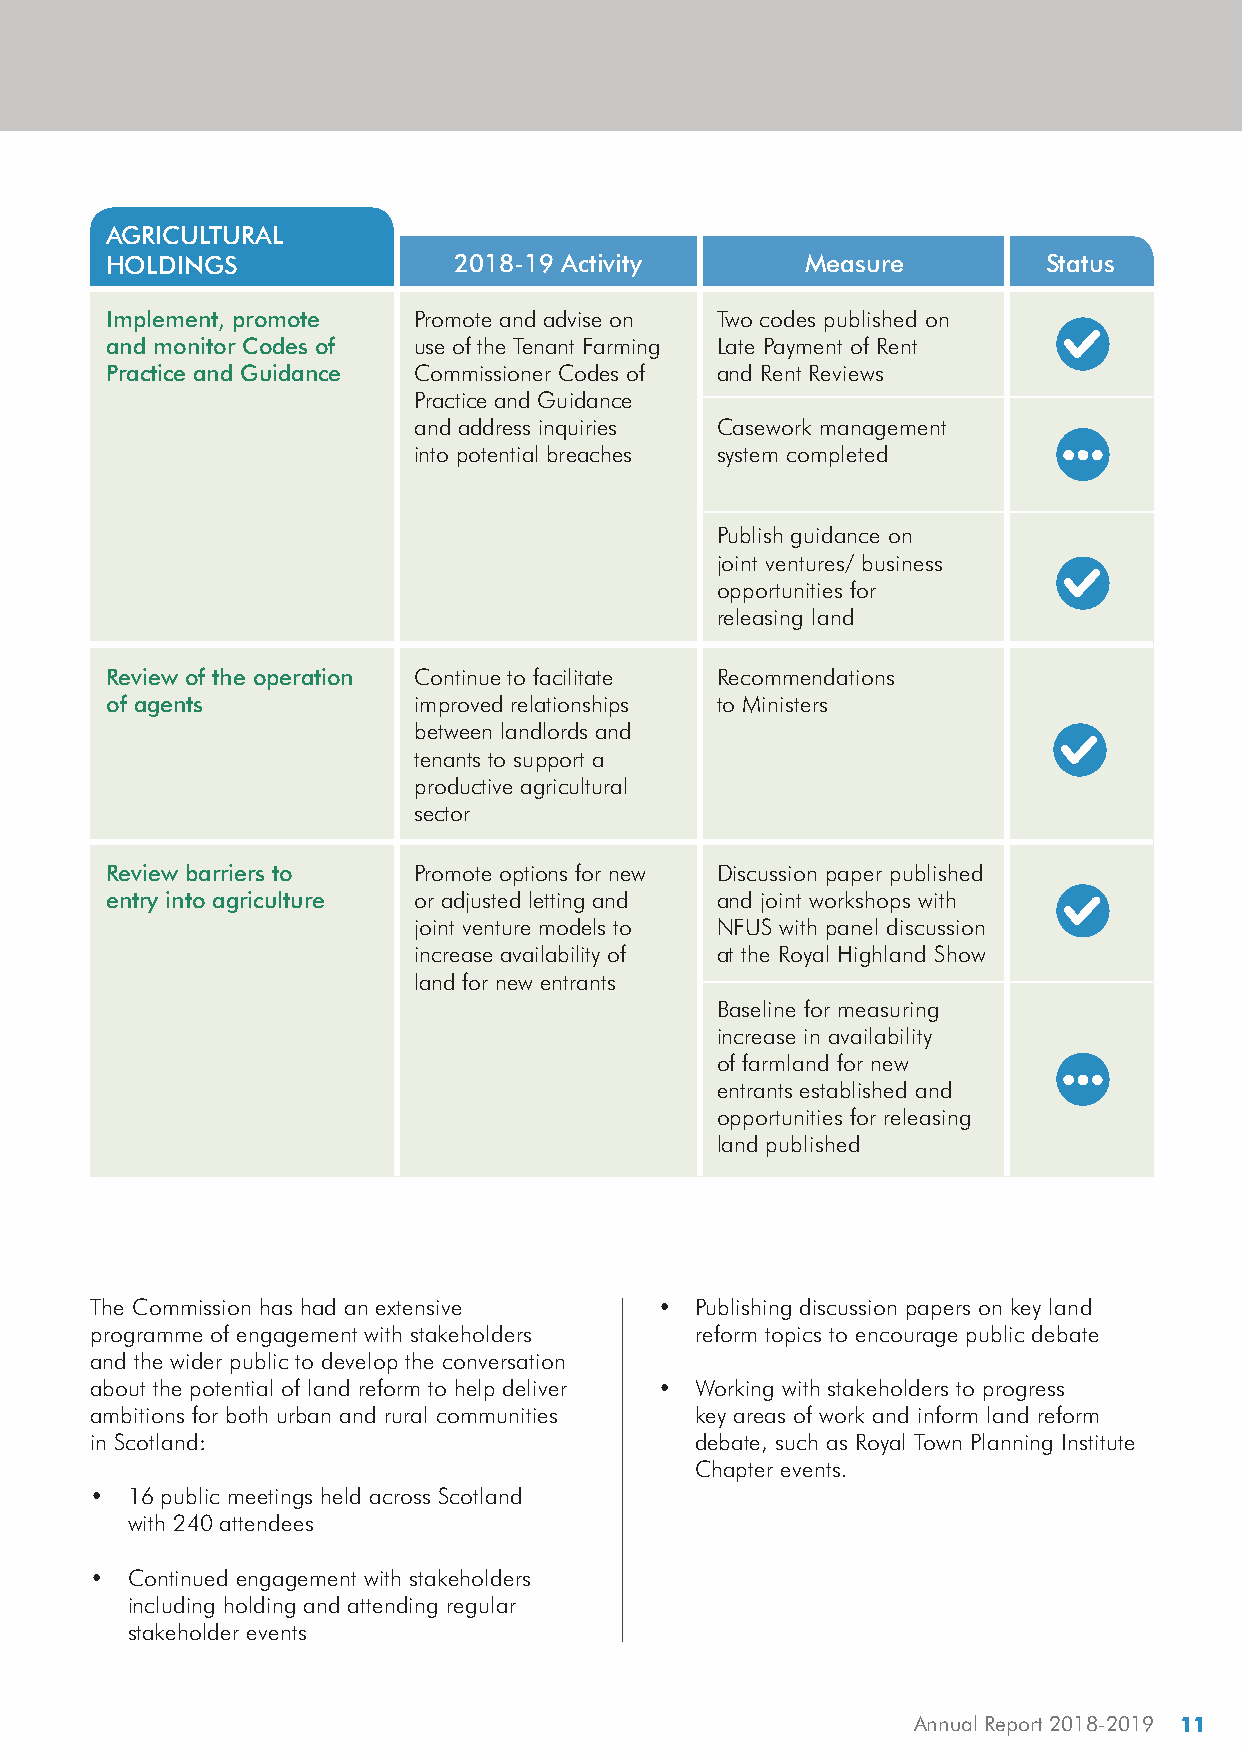
Performance Analysis
 AGRICULTURAL
 HOLDINGS               2018-19 Activity       Measure         Status
 Implement, promote   Promote and advise on Two codes published on
 and monitor Codes of use of the Tenant Farming Late Payment of Rent
 Practice and Guidance Commissioner Codes of and Rent Reviews
 Practice and Guidance
 and address inquiries Casework management
 into potential breaches system completed
 Publish guidance on
 joint ventures/ business
 opportunities for
 releasing land
 Review of the operation Continue to facilitate Recommendations
 of agents            improved relationships to Ministers
 between landlords and
 tenants to support a
 productive agricultural
 sector
 Review barriers to   Promote options for new Discussion paper published
 entry into agriculture or adjusted letting and and joint workshops with
 joint venture models to NFUS with panel discussion
 increase availability of at the Royal Highland Show
 land for new entrants
 Baseline for measuring
 increase in availability
 of farmland for new
 entrants established and
 opportunities for releasing
 land published
 The Commission has had an extensive   • Publishing discussion papers on key land
 programme of engagement with stakeholders reform topics to encourage public debate
 and the wider public to develop the conversation
 about the potential of land reform to help deliver • Working with stakeholders to progress
 ambitions for both urban and rural communities key areas of work and inform land reform
 in Scotland:                            debate, such as Royal Town Planning Institute
 Chapter events.
 •  16 public meetings held across Scotland
 with 240 attendees
 •  Continued engagement with stakeholders
 including holding and attending regular
 stakeholder events
 Annual Report 2018-2019 11